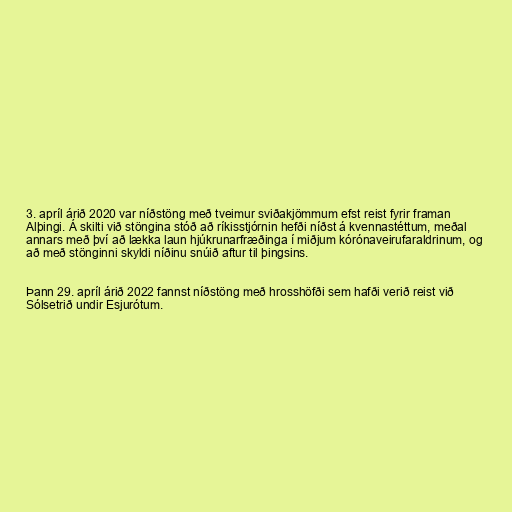
3. apríl árið 2020 var níðstöng með tveimur sviðakjömmum efst reist fyrir framan
Alþingi. Á skilti við stöngina stóð að ríkisstjórnin hefði níðst á kvennastéttum, meðal
annars með því að lækka laun hjúkrunarfræðinga í miðjum kórónaveirufaraldrinum, og
að með stönginni skyldi níðinu snúið aftur til þingsins.

Þann 29. apríl árið 2022 fannst níðstöng með hrosshöfði sem hafði verið reist við
Sólsetrið undir Esjurótum.